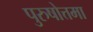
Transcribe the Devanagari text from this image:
पुरुषोत्तमा